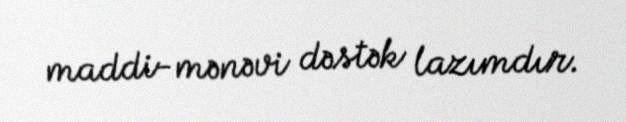
maddi-mənəvi dəstək lazımdır.